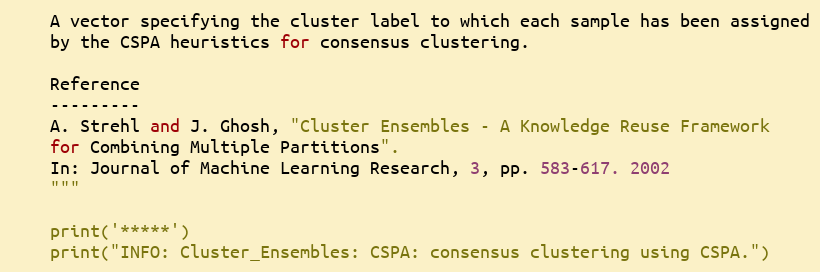
Language: Python
    A vector specifying the cluster label to which each sample has been assigned
    by the CSPA heuristics for consensus clustering.

    Reference
    ---------
    A. Strehl and J. Ghosh, "Cluster Ensembles - A Knowledge Reuse Framework
    for Combining Multiple Partitions".
    In: Journal of Machine Learning Research, 3, pp. 583-617. 2002
    """

    print('*****')
    print("INFO: Cluster_Ensembles: CSPA: consensus clustering using CSPA.")